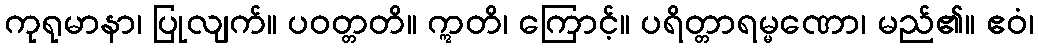
ကုရုမာနာ၊ ပြုလျက်။ ပဝတ္တတိ။ ဣတိ၊ ကြောင့်။ ပရိတ္တာရမ္မဏော၊ မည်၏။ ဧဝံ၊